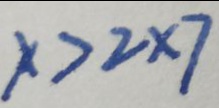
x > 2 \times 7